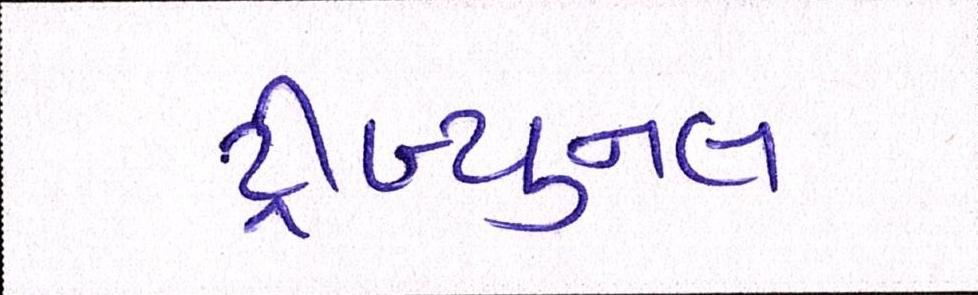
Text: ટ્રીબ્યુનલ